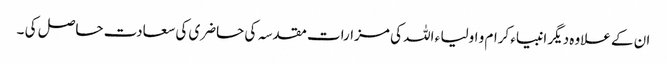
ان کے علاوہ دیگر انبیاء کرام و اولیا ء اللہ کی مزارات مقدسہ کی حاضری کی سعادت حاصل کی ۔